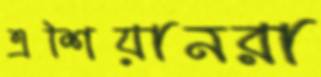
এশিয়ানরা